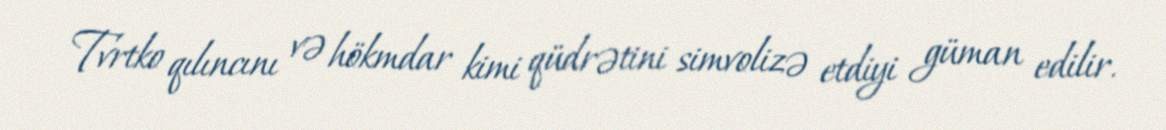
Tvrtko qılıncını və hökmdar kimi qüdrətini simvolizə etdiyi güman edilir.